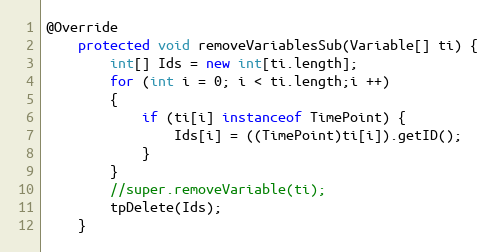
Language: Java
@Override
	protected void removeVariablesSub(Variable[] ti) {
		int[] Ids = new int[ti.length];
		for (int i = 0; i < ti.length;i ++)
		{
			if (ti[i] instanceof TimePoint) {
				Ids[i] = ((TimePoint)ti[i]).getID();
			}
		}
		//super.removeVariable(ti);
		tpDelete(Ids);
	}